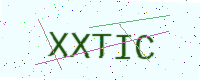
Text: XXTIC